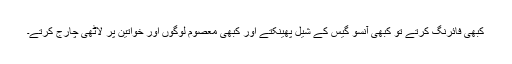
کبھی فائرنگ کرتے تو کبھی آنسو گیس کے شیل پھینکتے اور کبھی معصوم لوگوں اور خواتین پر لاٹھی چارج کرتے۔